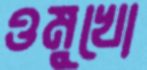
ওমুখো